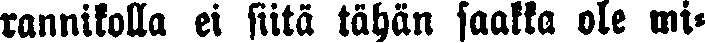
rannikolla ei siitä tähän saakka ole mi-